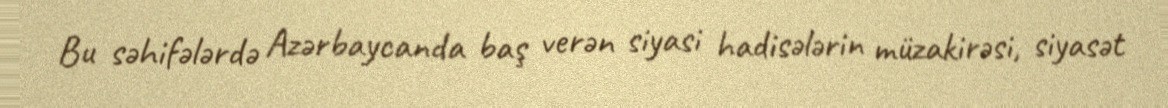
Bu səhifələrdə Azərbaycanda baş verən siyasi hadisələrin müzakirəsi, siyasət